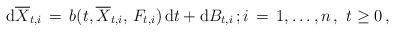
LaTeX: \begin{align*} {\mathrm d} \overline{X}_{t, i} \, =\, b(t, \overline{X}_{t, i}, \, F_{t, i} ) \, {\mathrm d} t + {\mathrm d} B_{t, i} \, ; i \, =\, 1, \ldots , n\, , \, \, t \ge 0 \, , \end{align*}